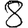
Digit: 8